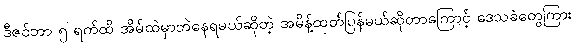
ဒီဇင်ဘာ ၅ ရက်ထိ အိမ်ထဲမှာဘဲနေရမယ်ဆိုတဲ့ အမိန့်ထုတ်ပြန်မယ်ဆိုတာကြောင့် ဒေသခံတွေကြား